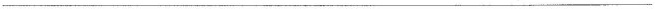
______________________________________________________